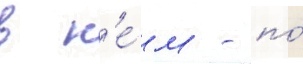
в н'е́м - по́